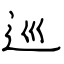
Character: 巡